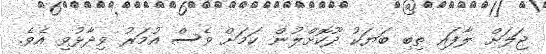
ޖަލަށް ލާފައި ތިބި ބަޔަކު ދޫކޮށްލުން ކަމަށް ވެސް އުމަރު ވިދާޅުވި އެވެ.